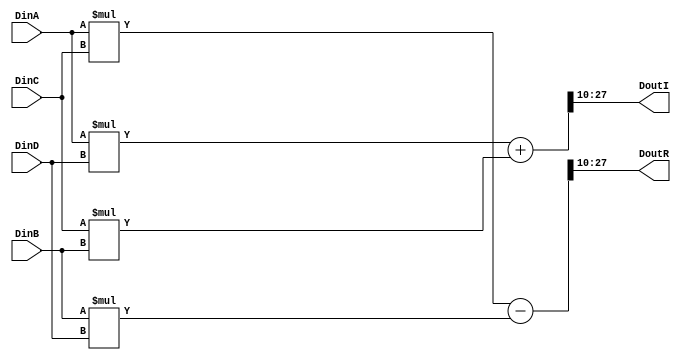
`timescale 1ns / 1ps
//////////////////////////////////////////////////////////////////////////////////
// Company: 
// Engineer: 
// 
// Design Name: 
// Module Name:    complexMult_BottomBranch_Twiddle 
// Project Name: 
// Target Devices: 
// Tool versions: 
// Description: 
//
// Dependencies: 
//
// Revision: 
// Revision 0.01 - File Created
// Additional Comments: 
//
//////////////////////////////////////////////////////////////////////////////////
module complexMult(DinA, DinB, DinC, DinD, DoutR, DoutI);

	input 	[17:0] DinA, DinB, DinC, DinD;
	output 	[17:0] DoutR, DoutI;

	wire 		[35:0] tempReal, tempImag;
	
	assign 	tempReal = (DinA*DinC)-(DinB*DinD);
	assign 	tempImag = (DinA*DinD)+(DinC*DinB);
	
	assign	DoutR = tempReal[27:10];
	assign 	DoutI = tempImag[27:10];
	
endmodule